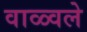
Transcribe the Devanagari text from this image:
वाळ्वले